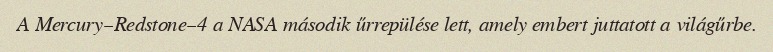
A Mercury–Redstone–4 a NASA második űrrepülése lett, amely embert juttatott a világűrbe.